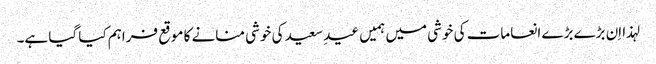
لہذا اِن بڑے بڑے انعامات کی خوشی میں ہمیں عیدِ سعید کی خوشی منانے کا موقع فراہم کیا گیا ہے۔